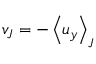
v _ { J } = - \left< u _ { y } \right> _ { J }